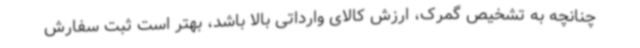
چنانچه به تشخیص گمرک، ارزش کالای وارداتی بالا باشد، بهتر است ثبت سفارش